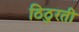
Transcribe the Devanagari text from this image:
ठिठुरती